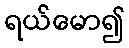
ရယ်မော၍